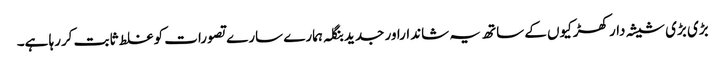
بڑی بڑی شیشہ دار کھڑکیوں کے ساتھ یہ شانداراور جدید بنگلہ ہمارے سارے تصورات کو غلط ثابت کررہا ہے۔